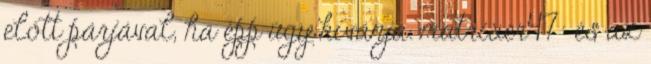
előtt párjával, ha épp úgy kívánja. matrixer47: és az